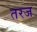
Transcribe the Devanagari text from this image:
तरज